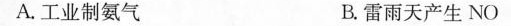
A.工业制氨气 B.雷雨天产生NO